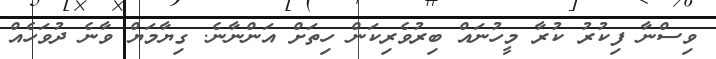
ވިސްނާ ފިކުރު ކުރާ މީހުނައް ބިރުވެރިކަން ހިތަށް އަންނާނެ. ގިޔާމަޔް ވާނެ ދުވަހެއް